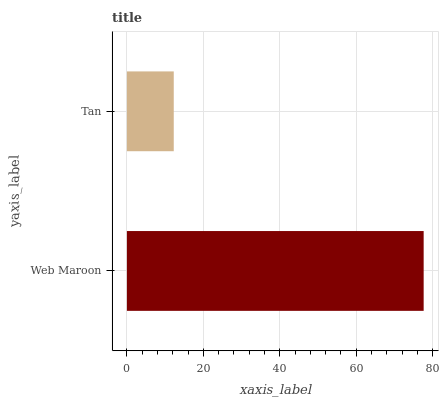
| yaxis_label | bars |
 | --- | --- |
 | Web Maroon | 77.7 |
 | Tan | 12.3 |